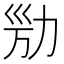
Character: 𠡔